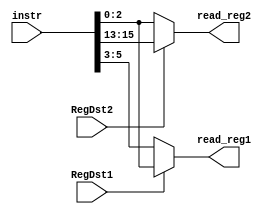
module muxes_rf_reads (input [15:0] instr, 
	output [2:0] read_reg1, 
	output [2:0] read_reg2, 
	input RegDst1, input RegDst2); 

	wire [15:0] instr;
	reg  [2:0] read_reg1;
	reg [2:0] read_reg2;
	wire RegDst1, RegDst2;   //control lines                                                             
	
	always @(*) begin
		if (RegDst1==1) 
			read_reg1 [2:0] <= instr [2:0];
			else
				read_reg1 [2:0] <= instr [5:3];
				end
	

	always @(*) begin
		if (RegDst2==1) 
			read_reg2 [2:0] <= instr [15:13];
			else 
				read_reg2 [2:0] <= instr [2:0];
				end 

endmodule